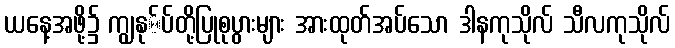
ယနေ့အဖို့၌ ကျွနု်ပ်တို့ပြုစုပွားများ အားထုတ်အပ်သော ဒါနကုသိုလ် သီလကုသိုလ်